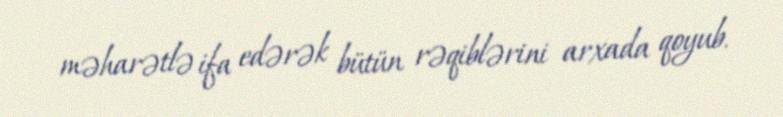
məharətlə ifa edərək bütün rəqiblərini arxada qoyub.